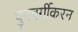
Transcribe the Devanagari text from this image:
पुनवर्गीकरन